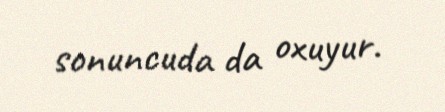
sonuncuda da oxuyur.